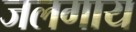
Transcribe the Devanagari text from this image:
जलगाय